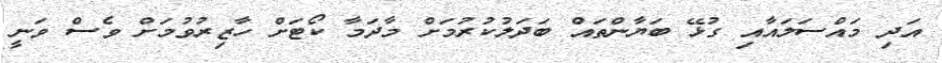
އަދި މައްސަލައާއި ގުޅޭ ބަޔާންތައް ބަދަލުކުރުމަށް މާދަމާ ކޯޓަށް ހާޒިރުވުމަށް ވެސް ވަނީ